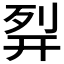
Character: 𰐊